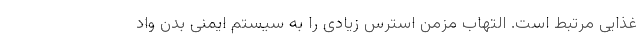
غذایی مرتبط است. التهاب مزمن استرس زیادی را به سیستم ایمنی بدن واد